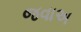
જવાઅ